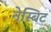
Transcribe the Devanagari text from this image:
नेस्बिट